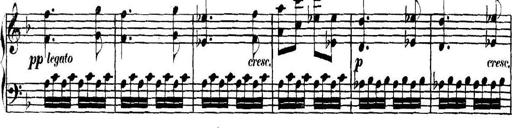
Title: Collected Piano Sonatas
Composer: Muzio Clementi